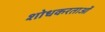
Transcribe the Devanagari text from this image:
शोधकरताओं